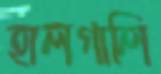
হালগালি